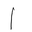
Letter: _alif